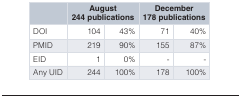
<table><thead><tr><td></td><td colspan="2"><b>August244 publications</b></td><td colspan="2"><b>December178 publications</b></td></tr></thead><tbody><tr><td>DOI</td><td>104</td><td>43%</td><td>71</td><td>40%</td></tr><tr><td>PMID</td><td>219</td><td>90%</td><td>155</td><td>87%</td></tr><tr><td>EID</td><td>1</td><td>0%</td><td>-</td><td>-</td></tr><tr><td>Any UID</td><td>244</td><td>100%</td><td>178</td><td>100%</td></tr></tbody></table>